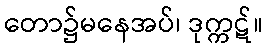
တော၌မနေအပ်၊ ဒုက္ကဋ်။